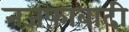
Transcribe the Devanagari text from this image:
नजफ़ाबादी